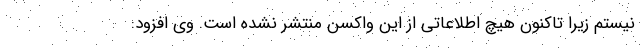
نیستم زیرا تاکنون هیچ اطلاعاتی از این واکسن منتشر نشده است. وی افزود: